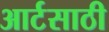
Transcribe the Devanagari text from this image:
आर्टसाठी